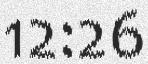
12:26